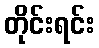
တိုင်းရင်း